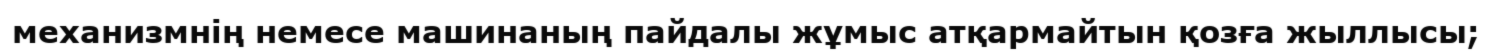
механизмнің немесе машинаның пайдалы жұмыс атқармайтын қозға жыллысы;